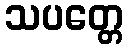
သပတ္တေ